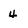
Character: 4